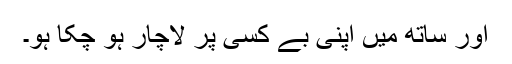
اور ساتھ میں اپنی بے کسی پر لاچار ہو چکا ہو۔